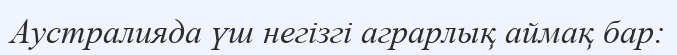
Аустралияда үш негізгі аграрлық аймақ бар: